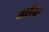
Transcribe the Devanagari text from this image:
आरियाँ